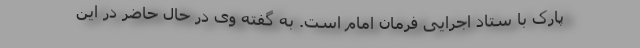
پارک با ستاد اجرایی فرمان امام است. به گفته وی در حال حاضر در این